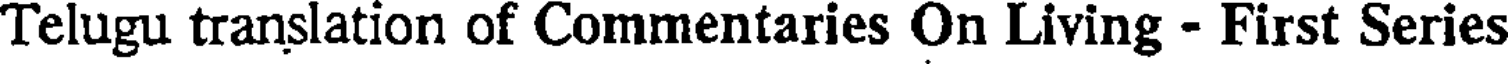
Telugu translation of Commentaries On Living - First Series